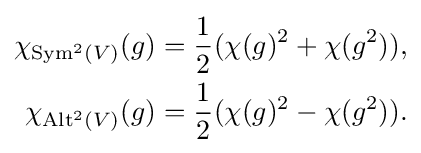
{\begin{aligned}\chi _{\operatorname {Sym} ^{2}(V)}(g)&={\frac {1}{2}}(\chi (g)^{2}+\chi (g^{2})),\\\chi _{\operatorname {Alt} ^{2}(V)}(g)&={\frac {1}{2}}(\chi (g)^{2}-\chi (g^{2})).\end{aligned}}